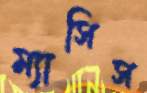
ম্যাসিস